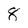
Character: 8